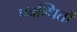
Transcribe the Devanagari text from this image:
प्रबन्धितों